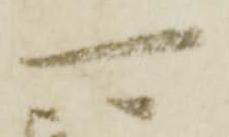
可